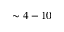
\sim 4 - 1 0